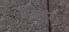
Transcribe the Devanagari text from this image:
एक्लिप्टा